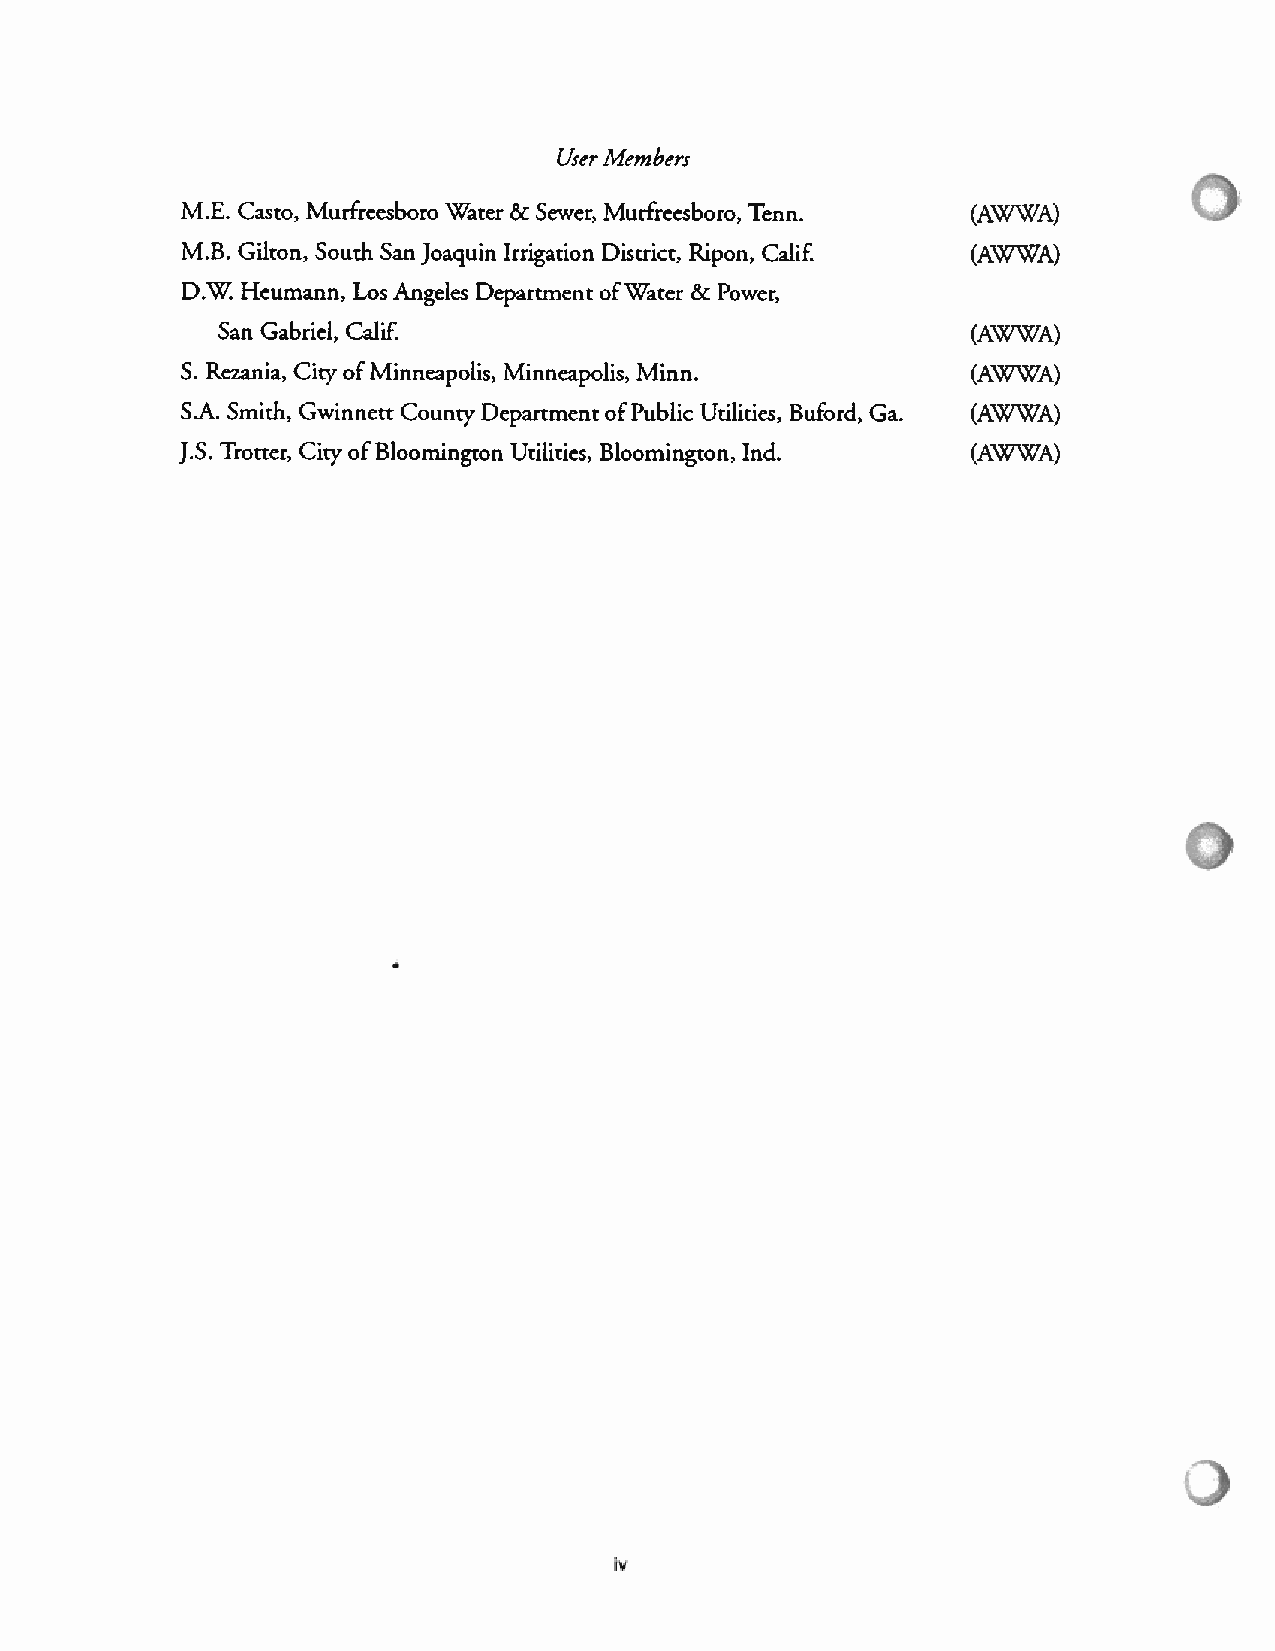
Iviernhers
 User
 MI. Casto, Murfreesboro “Water & Sewer, Murfreesboro, Tenn. (A\XWA)
 M.B. Gilton, South San Joaquin Irrigation District, Ripon, Calif. (AWWA)
 D.W Heumann, Los Angeles Department ofWater & Power,
 San Gabriel, Calif.                              (AW’’A)
 S. Rezania, City ofMinneapolis, Minneapolis, Minn.  (AW”QA)
 S.A. Smith, Gwinnett County Department ofPublic Utilities, Buford. Ga. (AWWA)
 J.S. Trotter, City ofBloomington Utilities, Bloomington, md. (AWWA)
 iv